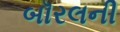
બૉરલની